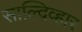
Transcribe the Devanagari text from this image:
साल्दिव्हार